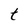
Character: t